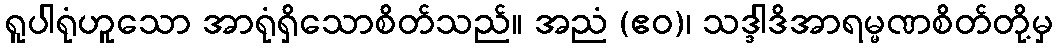
ရူပါရုံဟူသော အာရုံရှိသောစိတ်သည်။ အညံ (ဧဝ)၊ သဒ္ဒါဒိအာရမ္မဏစိတ်တို့မှ